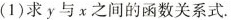
(1)求y与x之间的雨数关关系式.